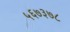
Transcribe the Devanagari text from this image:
५६७३७८